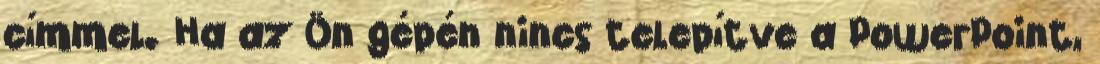
címmel. Ha az Ön gépén nincs telepítve a PowerPoint,